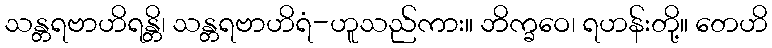
သန္တရဗာဟိရန္တိ၊ သန္တရဗာဟိရံ-ဟူသည်ကား။ ဘိက္ခဝေ၊ ရဟန်းတို့။ တေဟိ